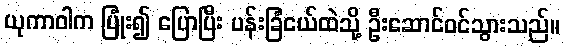
ယုကာဝါက ပြုံး၍ ပြောပြီး ပန်းခြံငယ်ထဲသို့ ဦးဆောင်ဝင်သွားသည်။